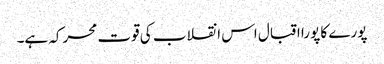
پورے کا پورا اقبال اس انقلاب کی قوت محرکہ ہے۔